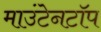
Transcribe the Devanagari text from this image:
माउंटेनटॉप